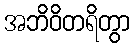
အဘိဝိတရိတွာ